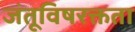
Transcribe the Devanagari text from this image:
जंतूविषरक्तता